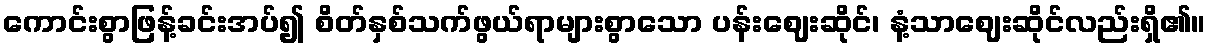
ကောင်းစွာဖြန့်ခင်းအပ်၍ စိတ်နှစ်သက်ဖွယ်ရာများစွာသော ပန်းဈေးဆိုင်၊ နံ့သာဈေးဆိုင်လည်းရှိ၏။